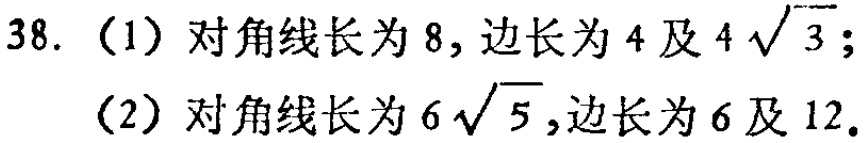
38.（1）对角线长为$8$，边长为$4$及$4\sqrt{3}$；
（2）对角线长为$6\sqrt{5}$,边长为$6$及$12$.